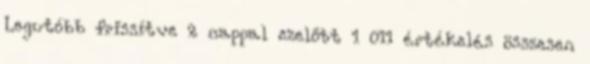
Legutóbb frissítve 2 nappal ezelőtt 1 011 értékelés összesen